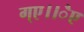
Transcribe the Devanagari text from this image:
ग्ए।।ैए